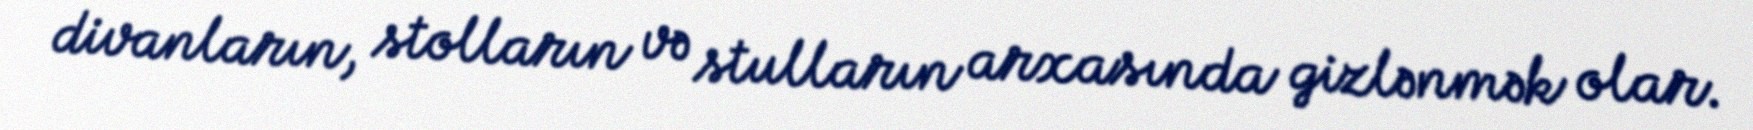
divanların, stolların və stulların arxasında gizlənmək olar.